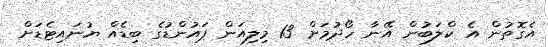
އެގޮތުން އެ ކްލަބުން އޭނާ ހޯދުމަށް 13 މިލިއަން ޕައުންޑުގެ ބިޑެއް ޔުނައިޓެޑަށް